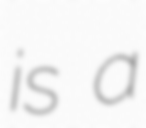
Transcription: is a